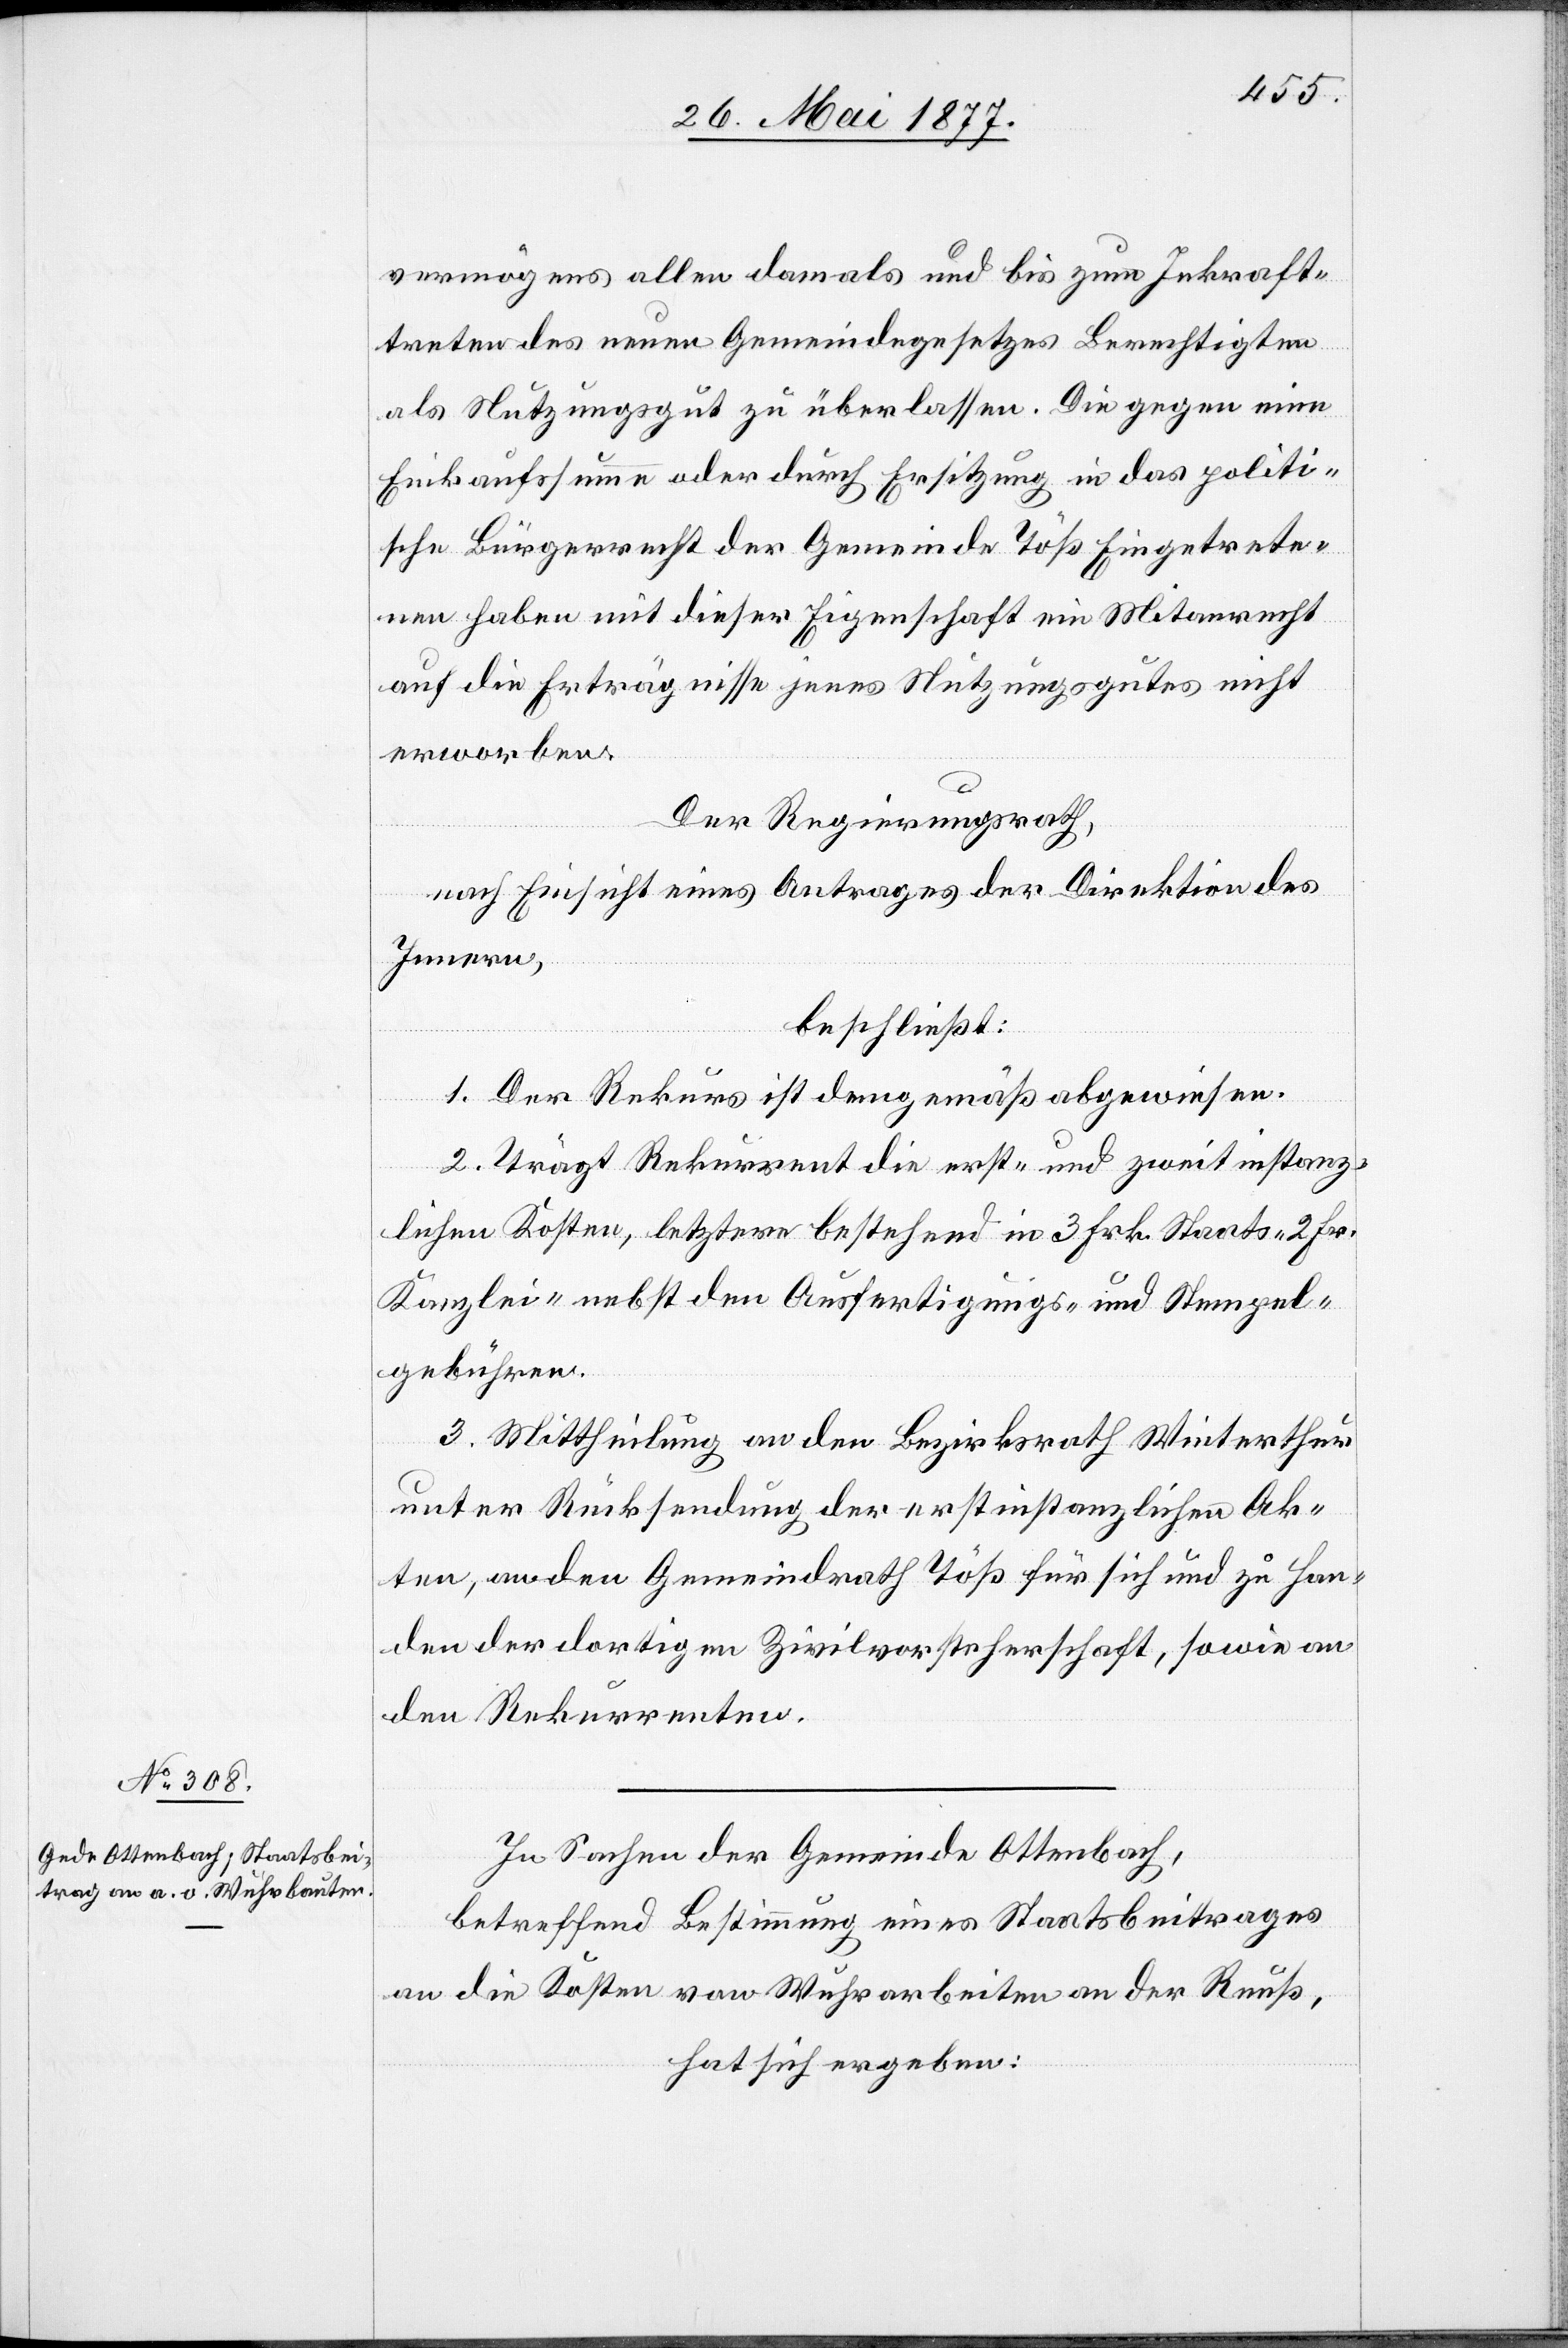
vermögens allen damals und bis zum Inkraft¬
treten des neuen Gemeindegesetzes Berechtigten
als Nutzungsgut zu überlassen. Die gegen eine
Einkaufssumme oder durch Ersitzung in das politi¬
sche Bürgerrecht der Gemeinde Töß Eingetrete¬
nen habe mit dieser Eigenschaft ein Mitanrecht
auf die Erträgnisse jenes Nutzungsgutes nicht
erworben.
Der Regierungsrath,
nach Einsicht eines Antrages der Direktion des
Innern,
beschließt:
1 Der Rekurs ist demgemäß abgewiesen.
2. Trägt Rekurrent die erst- und zweitinstanz¬
lichen Kosten, letztere bestehend in 3 Frk. Staats- 2 Fr.
Kanzlei- nebst den Ausfertigungs- und Stempel¬
gebühren.
3. Mittheilung an den Bezirksrath Winterthur
unter Rücksendung der erstinstanzlichen Ak¬
ten, an den Gemeindrath Töß für sich und zu Han¬
den der dortigen Zivilvorsteherschaft, sowie an
den Rekurrenten.
In Sachen der Gemeinde Ottenbach,
betreffend Bestimmung eines Staatsbeitrages
an die Kosten von Wuhrarbeiten an der Reuß,
hat sich ergeben: